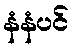
နံနံပင်